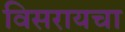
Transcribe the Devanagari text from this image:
विसरायचा